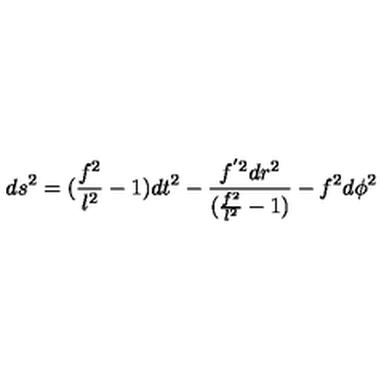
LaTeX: d s ^ { 2 } = ( \frac { f ^ { 2 } } { l ^ { 2 } } - 1 ) d t ^ { 2 } - \frac { f ^ { ' 2 } d r ^ { 2 } } { ( \frac { f ^ { 2 } } { l ^ { 2 } } - 1 ) } - f ^ { 2 } d \phi ^ { 2 }